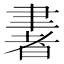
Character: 𦘠